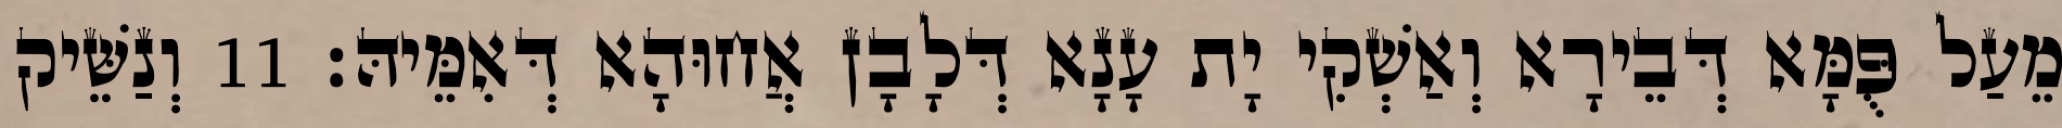
מֵעַל פֻּמָּא דְּבֵירָא וְאַשְׁקִי יָת עָנָא דְּלָבָן אֲחוּהָא דְּאִמֵּיהּ׃ 11 וְנַשֵּׁיק